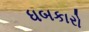
ધબકારો